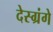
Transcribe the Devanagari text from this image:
देस्ग्रंगे